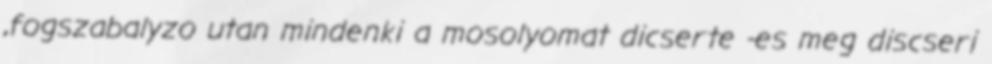
,fogszabalyzo utan mindenki a mosolyomat dicserte -es meg discseri